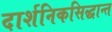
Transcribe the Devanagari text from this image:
दार्शनिकसिद्धान्त